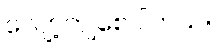
လျော့ကျစေပါတယ်။